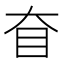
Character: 𰥎